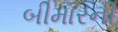
બીમારની